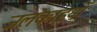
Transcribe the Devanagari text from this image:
जलकाइयों